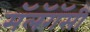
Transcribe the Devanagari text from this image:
मॅलॅगॅसी